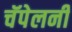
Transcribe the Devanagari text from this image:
चॅपेलनी